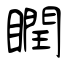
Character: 瞤